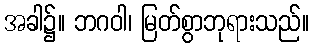
အခါ၌။ ဘဂဝါ၊ မြတ်စွာဘုရားသည်။